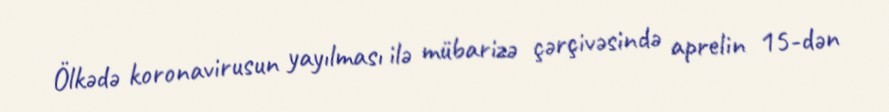
Ölkədə koronavirusun yayılması ilə mübarizə çərçivəsində aprelin 15-dən